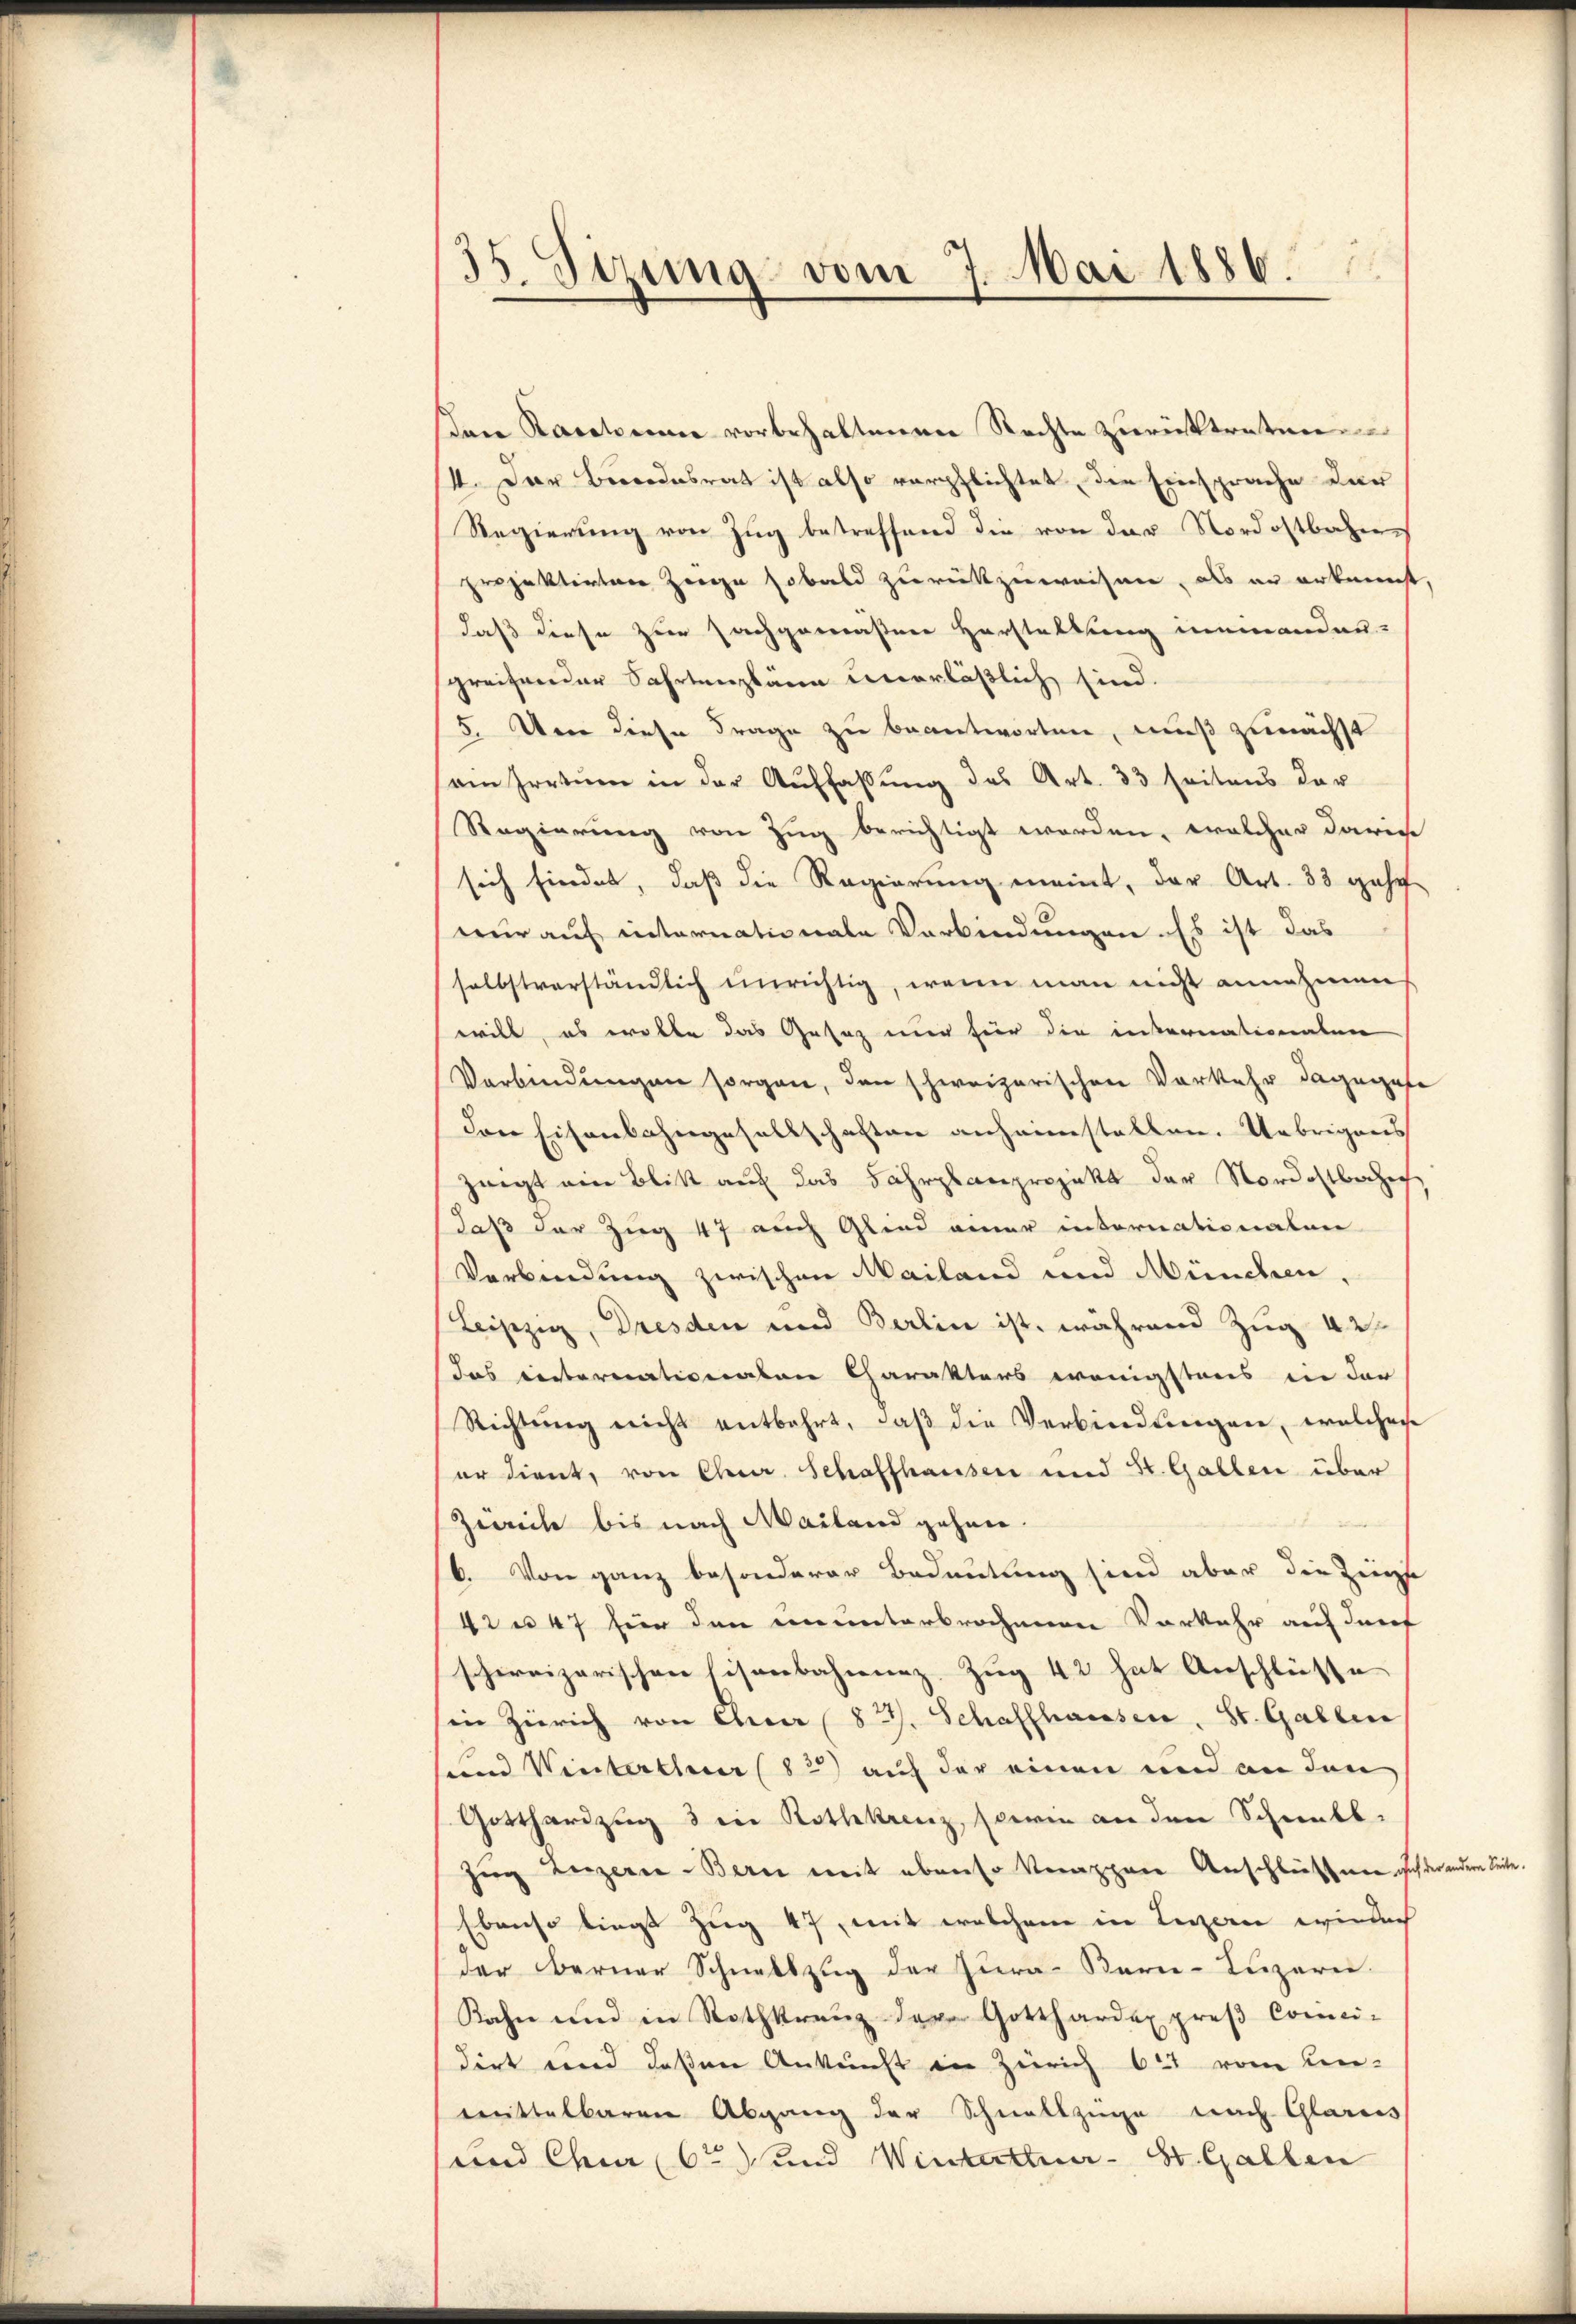
35. Sitzung vom 7. Mai 1886.

san Baselseiner vorbehaltenen Rechte zurücktreten
II. Der Berndesrat ist also verpflichtet, die Einsprache der
Regierung von Zug betreffend die von der Nordostbahne
projektirten Zween sobald zurückzuweisen, als er erkennst,
daß diese zur Fachgemäßen Horstattung niemandau-
greifender Fahrtenplänen unerläßlich sind.
5. Um diese Frage zu beantworten, muß zunächst
ein Irrtum in der Auffassŭng des Art. 33 seitens der
Regierung von Zug berichtigt worden, welcher dari
sich findet, daß die Regierung meint, der Art. 33 gehe
nur auf internationale Verbindungen. Es ist das
selbstverständlich unrichtig, wenn man nicht annehmen
will, es wolle das Gesaz nur für die internationalen
Verbindungen sorgen, den schweizerischen Vorkehr dagegebe
Den Eisenbahngesellschaften anheimstellen. Uebrigens
zeigt ein Blitt auf das Fahrplanprojekt der Nordostbache,
daß der Zug 47 auch Glied einer internationalen
Verbindung zwischen Mailand und München,
Leipzig, Dresden und Berlin ist, während Zug 42
das internationaten Charakters wenigstens in der
Richtŭng nicht entbehrt, daβ die Verbindŭngen, welcher
er dient, von Chur, Schaffhausen und St. Gallen über
Zwecke bis nach Mailand gehen.
6. Von ganz besonderer Bedeutung sind aber die Zeige
43 n 47 für den ununterbrochenen Vorkehr auf durf
schweizerischen Eisenbahnnez, Zug 42 hat Anschlüsse
in Zürich von Ehrer 82. Schaffhausen, St. Gallen
sund Winterthur (82) auf der einen und an den
Gotthardzug 3 in Rothkrenz, sowie an den Scheelb-
Zug Luzerne-Bern mit ebenso kerappene Anschlüssen sich der andern Seite
Ebenso liegt Zug 47, mit welchem in Luzern wiederh
der Berner Schnellzug der Jura- Berne-Lazaren.
Kahn und in Rothkranz der Gotthardex proβ Conci-
dirt und deßen Ankunft in Zürich 647 vom Ein-
mittelbaren Abgang der Schnellzüge nach Glarus
und Chur 6te und Winterttuer- St. Gallen